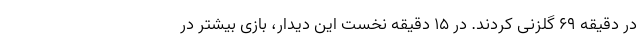
در دقیقه ۶۹ گلزنی کردند. در ۱۵ دقیقه نخست این دیدار، بازی بیشتر در